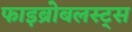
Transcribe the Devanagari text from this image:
फाइब्रोबलस्ट्स